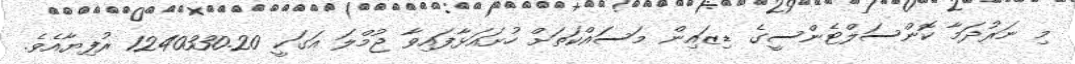
މި ނަރުދަމާ ކޮންސަލްޓެންސީގެ ޑިޒައިން މަސައްކަތަށް ހުށައަޅާފައިވާ ޖުމްލަ އަގަކީ 1240330.20 ރުފިޔާއެވެ.